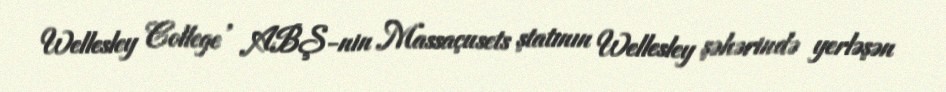
Wellesley College , ABŞ-nin Massaçusets ştatının Wellesley şəhərində yerləşən